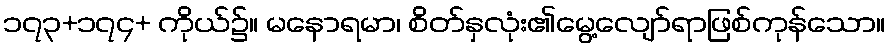
၁၇၃+၁၇၄+ ကိုယ်၌။ မနောရမာ၊ စိတ်နှလုံး၏မွေ့လျော်ရာဖြစ်ကုန်သော။